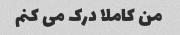
من کاملا درک می کنم